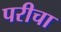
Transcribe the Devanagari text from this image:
परीचा